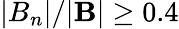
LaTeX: |B_{n}|/|\mathbf{B}|\geq 0.4